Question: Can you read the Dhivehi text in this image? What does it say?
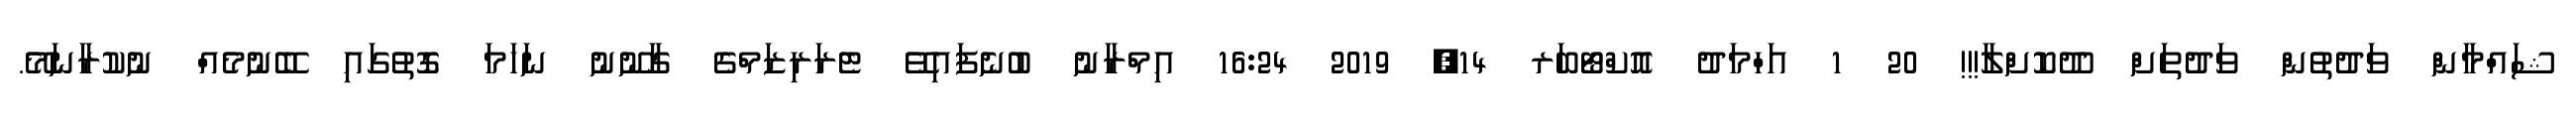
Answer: ޝައްމާން ވަދުތުން ވަދުތަށް ދޫކޮށްލާ!!! 20 1 އަހްމަދު އޮކްޓޯބަރ 14, 2019 16:24 އިމްރާނު ބުނެފައިވޭ ޓެރަރިޒަމްގެ ގާނޫނު ނަހަމަ ގޮތުގައި ބޭނުމެއް ނުކުރާނަމޭ.